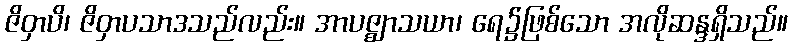
ဇိဝှာပိ၊ ဇိဝှာပသာဒသည်လည်း။ အာပဇ္ဈာသယာ၊ ရေ၌ဖြစ်သော အလိုဆန္ဒရှိသည်။